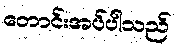
တောင်းအပ်ပါသည်